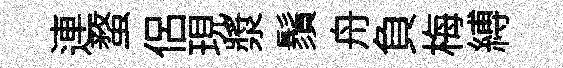
連蝥侣現漿鬚舟負梅縛